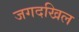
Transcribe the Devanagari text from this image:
जगदखिल